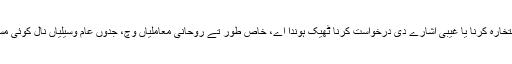
صرف اوس ویلے ہی استخارہ کرنا یا غیبی اشارے دی درخواست کرنا ٹھیک ہوندا اے، خاص طور تے روحانی معاملیاں وچ، جدوں عام وسیلیاں نال کوئی مسٔلہ حل نہ کیتا جا سکے۔